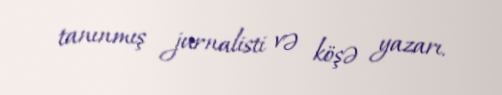
tanınmış jurnalisti və köşə yazarı.